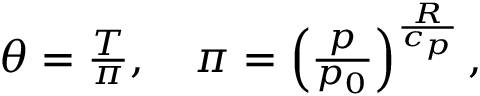
\begin{array} { r } { \theta = \frac { T } { \pi } , \quad \pi = \left( \frac { p } { p _ { 0 } } \right) ^ { \frac { R } { c _ { p } } } , } \end{array}